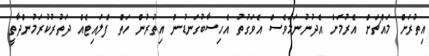
އިތުރަށް މައްޗަށް އެރުމަށް އެދުނުނަމަވެސް އެވަގުތު އެހިސާބުގަނޑުން އިތުރުން ހަތް ފްލައިޓެއް ދަތުރުކުރަމުންދާތީ